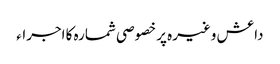
داعش وغیرہ پر خصوصی شمارہ کا اجراء